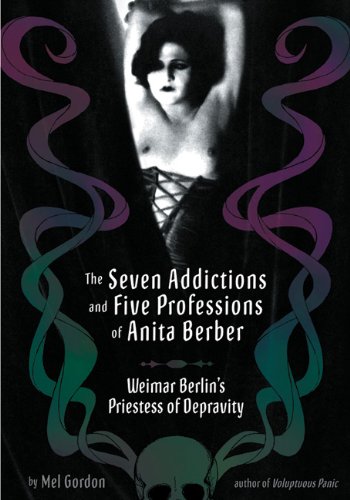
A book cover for The Seven Addictions and Five Professions of Anita Berber: Weimar Berlin's Priestess of Depravity; Mel Gordon; Biographies & Memoirs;